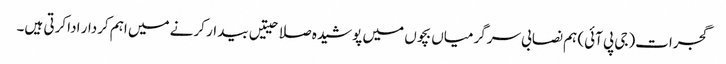
گجرات(جی پی آئی) ہم نصابی سرگرمیاں بچوں میں پوشیدہ صلاحیتیں بیدار کرنے میں اہم کردار ادا کرتی ہیں۔